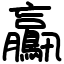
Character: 鸁